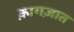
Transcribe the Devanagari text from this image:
क़ागज़ात